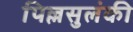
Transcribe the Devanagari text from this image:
पिल्लसुलंकी